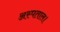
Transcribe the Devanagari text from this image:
अस्पताल।